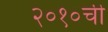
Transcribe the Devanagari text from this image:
२०१०ची